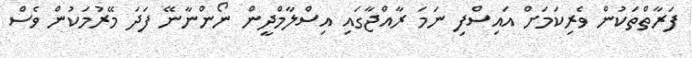
ފަރާތްތަކުން ވެރިކަމަށް އައިސްފި ނަމަ ރާއްޖާގައި އިސްލާމްދީން ނޯންނާނޭ ފަދަ މޭރުމަކުން ވެސް